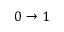
0 \to 1